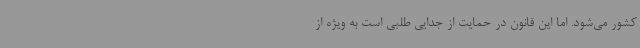
کشور می‌شود. اما این قانون در حمایت از جدایی طلبی است به ویژه از